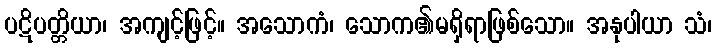
ပဋိပတ္တိယာ၊ အကျင့်ဖြင့်။ အသောကံ၊ သောက၏မရှိရာဖြစ်သော။ အနုပါယာ သံ၊